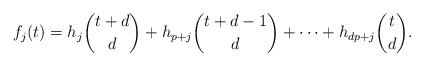
\begin{align*} f_j(t) = h_j \binom{t+d}{d} + h_{p+j} \binom{t+d-1}{d} + \dots + h_{dp+j} \binom{t}{d}.\end{align*}